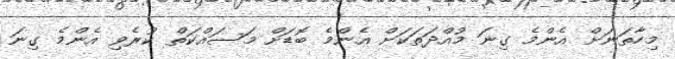
މިހާތަނަށް އެންމެ ގިނަ މުއްދަތަކަށް އެންމެ ބޮޑަށް މަސައްކަތް ކުރެވި އެންމެ ގިނަ